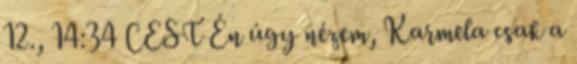
12., 14:34 CEST Én úgy nézem, Karmela csak a